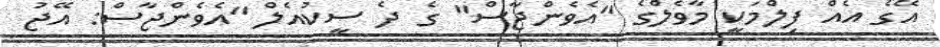
އޭގެ އެއް ފިލްމަކީ މާވެލްގެ "އެވެންޖާސް" ގެ ދެ ސީކުއެލް "އެވެންޖާސް: އޭޖު